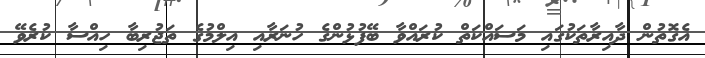
އެގޮތުން ދާއިރާތަކުގައި މަސައްކަތް ކުރައްވާ ބޭފުޅުންގެ ހުނަރާއި އިލްމުގެ ތަޖުރިބާ ހިއްސާ ކުރެވޭ